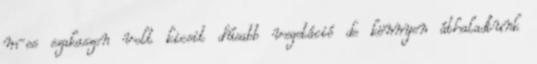
m-es szakaszon volt kicsit dúsabb vegetáció de könnyen áthaladtunk